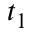
t _ { 1 }